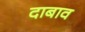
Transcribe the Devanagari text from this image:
दाबाव